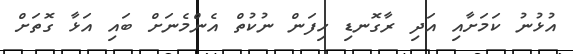
އުޅުނު ކަމަށާއި އަދި ރާގޮނޑި ހިފަން ނުކުތް އެންމެނަށް ބައި އަޅާ ގޮތަށް